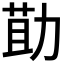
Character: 𭄳